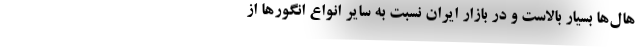
هال‌ها بسیار بالاست و در بازار ایران نسبت به سایر انواع انگورها از